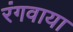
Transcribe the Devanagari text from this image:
रंगवाया